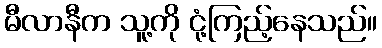
မီလာနီက သူ့ကို ငုံ့ကြည့်နေသည်။